NAE_ERA_R-2078_Sihtasutus_Eesti_Kontsert, lk 18
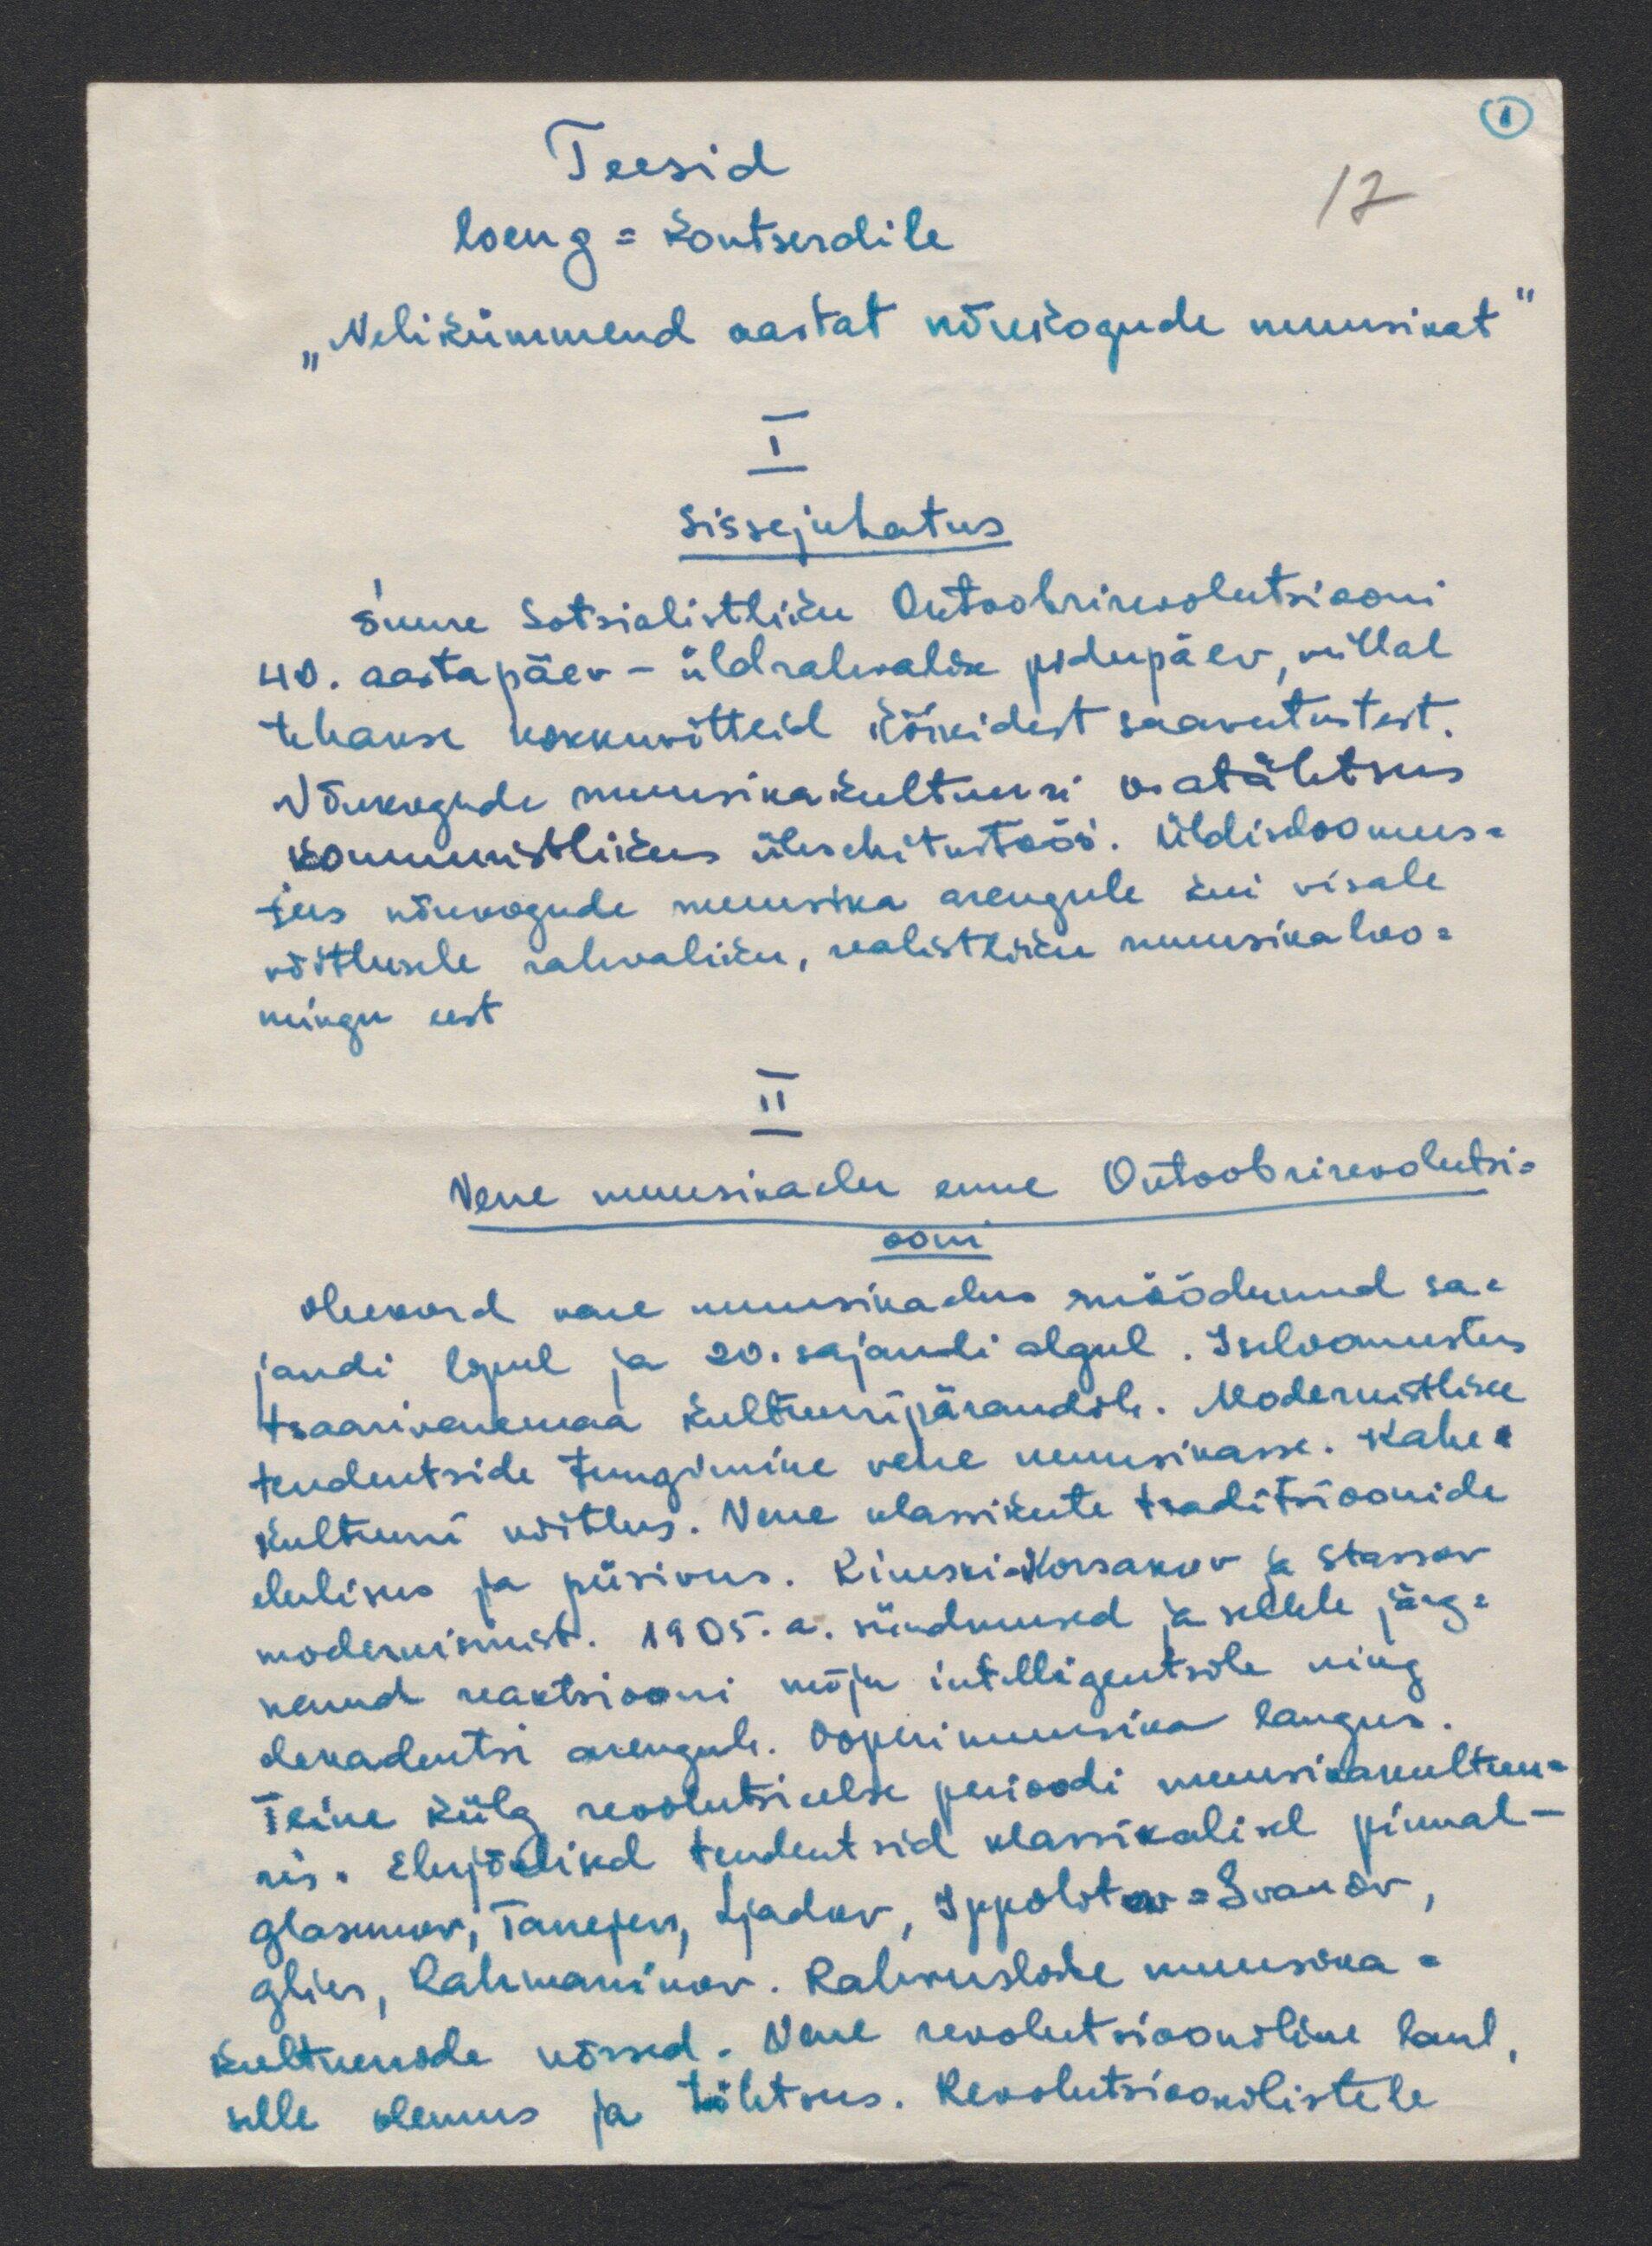
II
Teesid
17
loeng-Kontserdlile
"Nelikümmend aastat nõukogude muusikat"
I
Sissejuhatus
suure Sotsialistliku Oktoobrirevolutsiooni
40. aastapäev - üldrahvalik pidupäev, millal
tehakse kokkuvõtteid kõikidest saavutustest.
Nõukogude muusikakultuuri osatähtsus
kommunistlikus ülesehitustöös. Üldiseloomus-
tus nõuvogude muusika arengule kui visale
võitlusele rahvaliku, realistliku muusikaloo-
mingu eest.
II
Vene muusikaelu enne Oktoobrirevolutsi-
ooni
olukord vene muusikaelus möödunud sa-
jandi lõpul ja 20. sajandi algul. Iseloomustas
tsaarivenemaa kultuuripärandile. Modernistlike
tendentside tungimine vene muusikasse. Kahe-
kultuuri võitlus. Vene klassikute traditsioonide
elulikus ja püsivus. Rimski-Korsakov ja Stassov
modermismist. 1905. a. sündmused ja sellele järg-
nend reaktsiooni mõju intelligentsile ning
dekadentsi arengule. Ooperimuusika langus.
Teine külg revolutsi eelse perioodi muusikakultuu-
ris. Elujõulised tendentsid klassikalisel pinnal-
Glasunov, Tanejev, Sjadov, 3 Ippolstov-Svanov,
Glies, Rahmaninov. Rahvuslike muusika-
kultuuride võrsed. Vene revolutsiooniline laul.
selle olemus ja tähtsus. Revolutsioonilistele